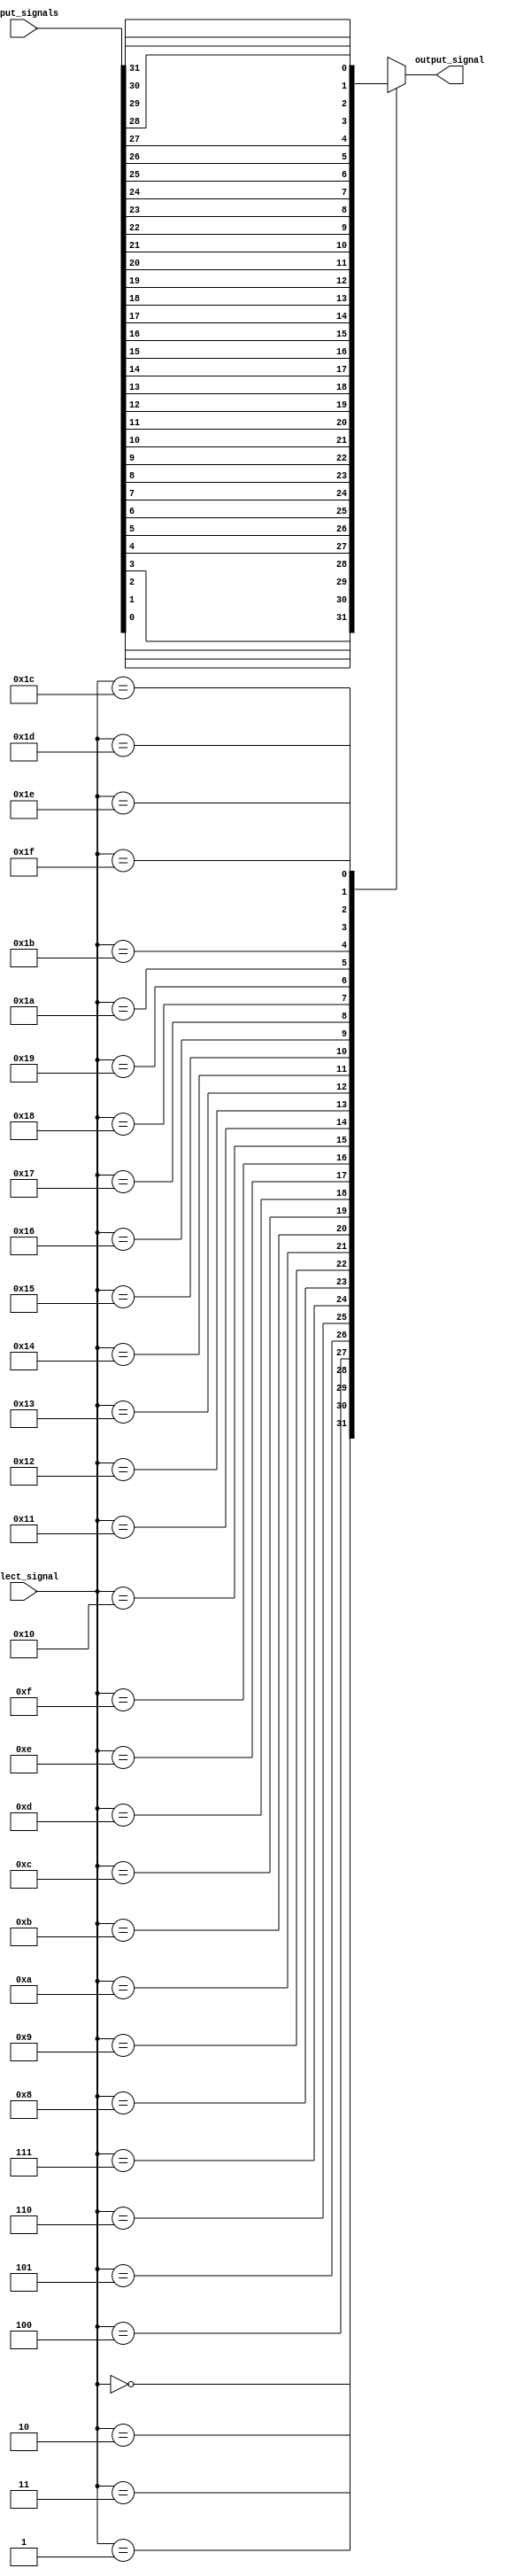
module thirty_two_to_one_mux(
    input [31:0] input_signals,
    input [4:0] select_signal,
    output reg output_signal
);

always @(*) begin
    case (select_signal)
        5'd0: output_signal = input_signals[0];
        5'd1: output_signal = input_signals[1];
        5'd2: output_signal = input_signals[2];
        5'd3: output_signal = input_signals[3];
        5'd4: output_signal = input_signals[4];
        5'd5: output_signal = input_signals[5];
        5'd6: output_signal = input_signals[6];
        5'd7: output_signal = input_signals[7];
        5'd8: output_signal = input_signals[8];
        5'd9: output_signal = input_signals[9];
        5'd10: output_signal = input_signals[10];
        5'd11: output_signal = input_signals[11];
        5'd12: output_signal = input_signals[12];
        5'd13: output_signal = input_signals[13];
        5'd14: output_signal = input_signals[14];
        5'd15: output_signal = input_signals[15];
        5'd16: output_signal = input_signals[16];
        5'd17: output_signal = input_signals[17];
        5'd18: output_signal = input_signals[18];
        5'd19: output_signal = input_signals[19];
        5'd20: output_signal = input_signals[20];
        5'd21: output_signal = input_signals[21];
        5'd22: output_signal = input_signals[22];
        5'd23: output_signal = input_signals[23];
        5'd24: output_signal = input_signals[24];
        5'd25: output_signal = input_signals[25];
        5'd26: output_signal = input_signals[26];
        5'd27: output_signal = input_signals[27];
        5'd28: output_signal = input_signals[28];
        5'd29: output_signal = input_signals[29];
        5'd30: output_signal = input_signals[30];
        5'd31: output_signal = input_signals[31];
        default: output_signal = 1'b0; // Default output signal when select signal is invalid
    endcase
end

endmodule